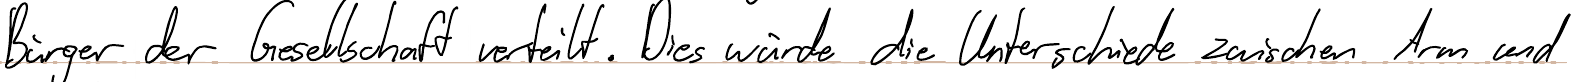
Bürger der Gesellschaft verteilt. Dies würde die Unterschiede zwischen Arm und